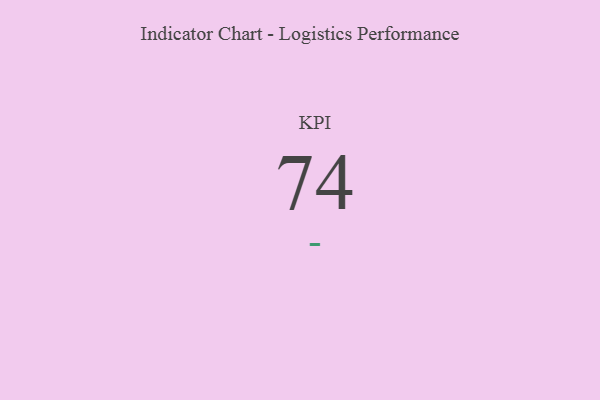
{"axis": {"x": "KPI", "y": "Value"}, "legend": [""], "data": [{"x": "KPI", "y": 74, "type": ""}]}